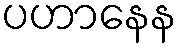
ပဟာနေန